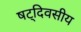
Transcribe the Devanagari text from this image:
षट्‌दिवसीय